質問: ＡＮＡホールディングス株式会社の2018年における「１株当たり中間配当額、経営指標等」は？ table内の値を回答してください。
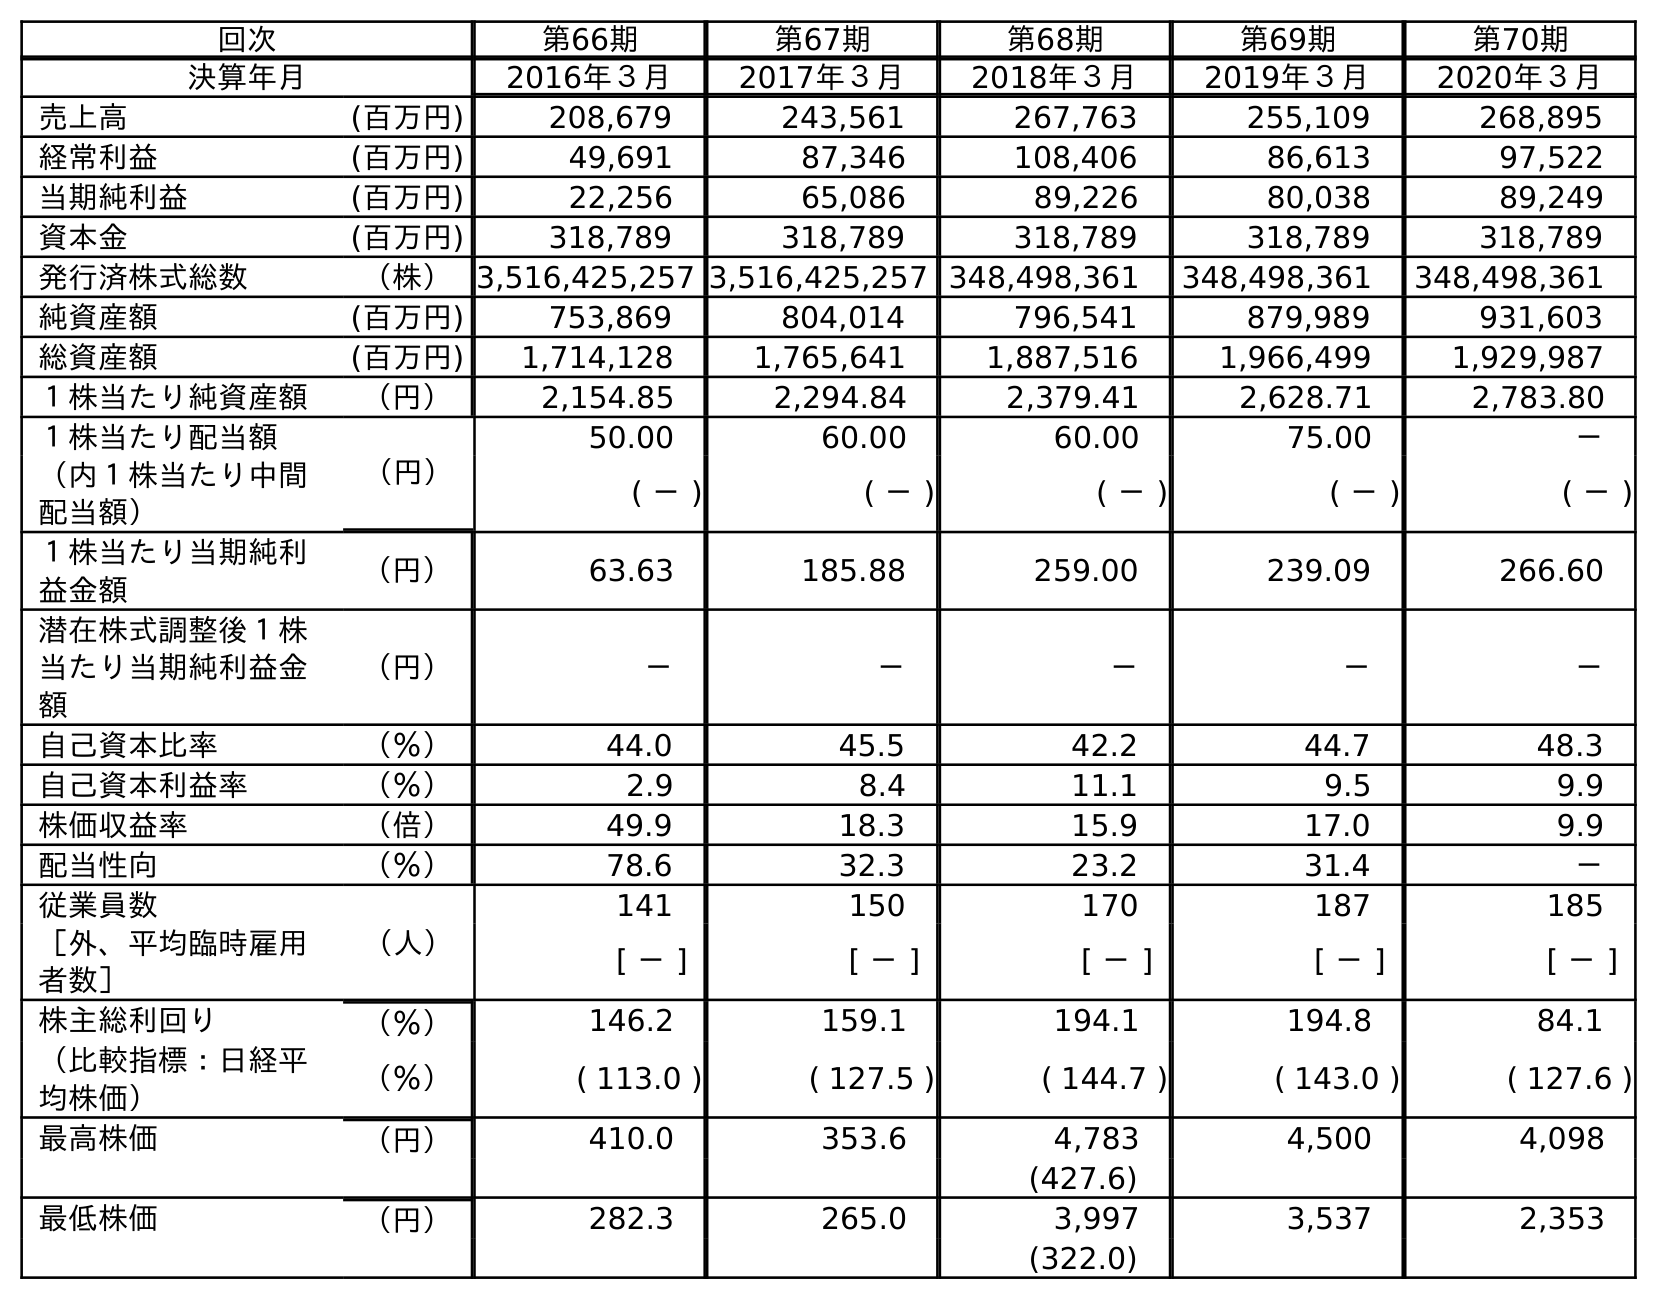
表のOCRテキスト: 回次 第66期 第67期 第68期 第69期 第70期 決算年月 2016年３月 2017年３月 2018年３月 2019年３月 2020年３月 売上高 (百万円) 208,679 243,561 267,763 255,109 268,895 経常利益 (百万円) 49,691 87,346 108,406 86,613 97,522 当期純利益 (百万円) 22,256 65,086 89,226 80,038 89,249 資本金 (百万円) 318,789 318,789 318,789 318,789 318,789 発行済株式総数 （株）3,516,425,257 3,516,425,257 348,498,361 348,498,361 348,498,361 純資産額 (百万円) 753,869 804,014 796,541 879,989 931,603 総資産額 (百万円) 1,714,128 1,765,641 1,887,516 1,966,499 1,929,987 １株当たり純資産額 （円） 2,154.85 2,294.84 2,379.41 2,628.71 2,783.80 １株当たり配当額 （円） 50.00 60.00 60.00 75.00 － （内１株当たり中間 配当額） ( － ) ( － ) ( － ) ( － ) ( － ) １株当たり当期純利 益金額 （円） 63.63 185.88 259.00 239.09 266.60 潜在株式調整後１株 当たり当期純利益金 額 （円） － － － － － 自己資本比率 （％） 44.0 45.5 42.2 44.7 48.3 自己資本利益率 （％） 2.9 8.4 11.1 9.5 9.9 株価収益率 （倍） 49.9 18.3 15.9 17.0 9.9 配当性向 （％） 78.6 32.3 23.2 31.4 － 従業員数 （人） 141 150 170 187 185 ［外、平均臨時雇用 者数］ [ － ] [ － ] [ － ] [ － ] [ － ] 株主総利回り （％） 146.2 159.1 194.1 194.8 84.1 （比較指標：日経平 均株価） （％） ( 113.0 ) ( 127.5 ) ( 144.7 ) ( 143.0 ) ( 127.6 ) 最高株価 （円） 410.0 353.6 4,783 4,500 4,098 (427.6) 最低株価 （円） 282.3 265.0 3,997 3,537 2,353 (322.0)
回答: (－)